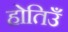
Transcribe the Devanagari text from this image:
होतिउँ